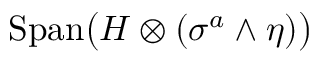
{ \mathrm { S p a n } } \big ( H \otimes ( \sigma ^ { a } \wedge \eta ) \big )